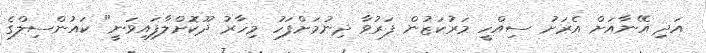
އަދި އޭނާއަށް އެރަށު ސިއްހީ މަރުކަޒުން ފަރުވާ ދިނުމަށްފަހު މިހާރު ދޫކޮށްލާފައިވަނީ" ކައުންސިލްގެ